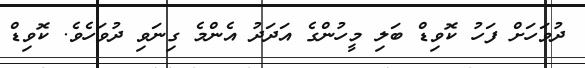
ދުވަހަށް ފަހު ކޮވިޑް ބަލި މީހުންގެ އަދަދު އެންމެ ގިނަވި ދުވަހެވެ. ކޮވިޑް